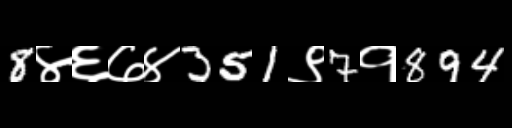
Text: 8४६७४351९7१894